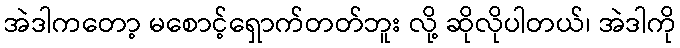
အဲဒါကတော့ မစောင့်ရှောက်တတ်ဘူး လို့ ဆိုလိုပါတယ်၊ အဲဒါကို